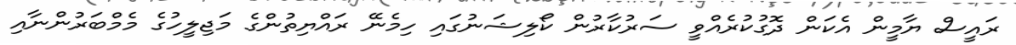
ރައީސް ޔާމީން އެކަން ދޮގުކުރެއްވީ ސަރުކާރުން ކޯލިޝަނުގައި ހިމެނޭ ރައްޔިތުންގެ މަޖިލީހުގެ މެމްބަރުންނާއި